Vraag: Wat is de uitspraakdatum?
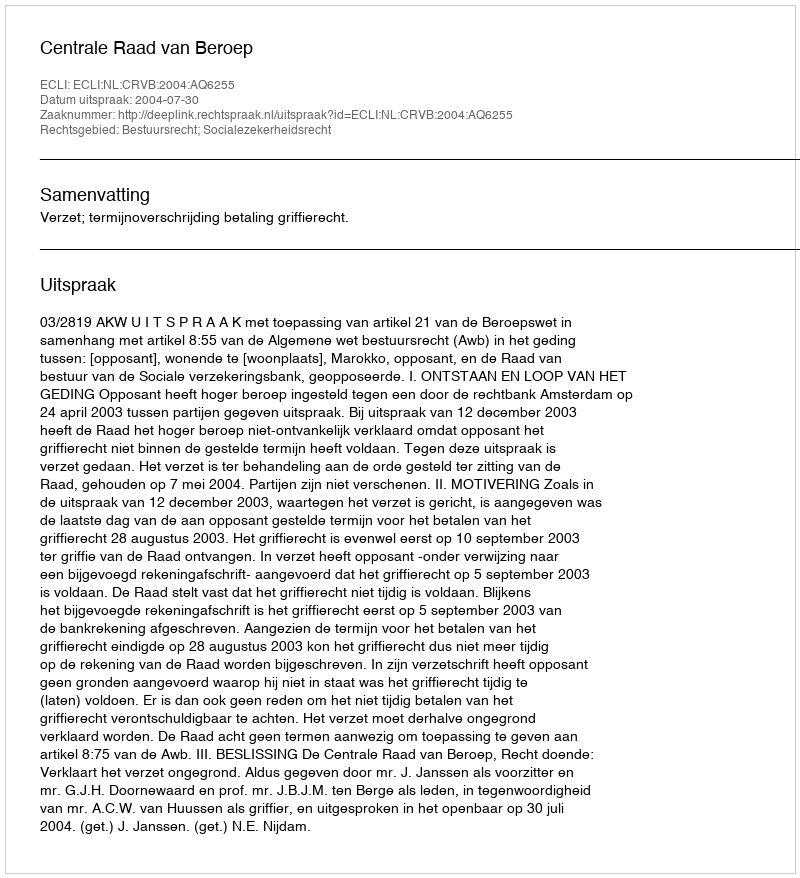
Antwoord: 2004-07-30